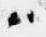
ハ